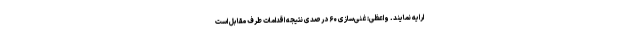
ارایه نمایند. واعظی: غنی‌سازی ۶۰ درصدی نتیجه اقدامات طرف مقابل است